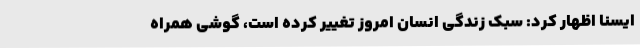
ایسنا اظهار کرد: سبک زندگی انسان امروز تغییر کرده است، گوشی همراه